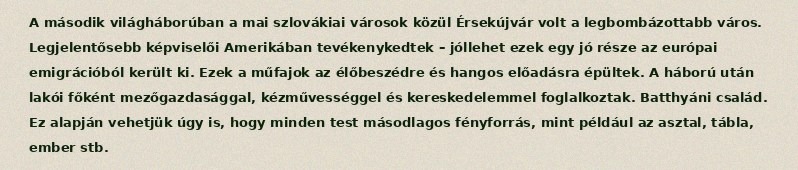
A második világháborúban a mai szlovákiai városok közül Érsekújvár volt a legbombázottabb város. Legjelentősebb képviselői Amerikában tevékenykedtek – jóllehet ezek egy jó része az európai emigrációból került ki. Ezek a műfajok az élőbeszédre és hangos előadásra épültek. A háború után lakói főként mezőgazdasággal, kézművességgel és kereskedelemmel foglalkoztak. Batthyáni család. Ez alapján vehetjük úgy is, hogy minden test másodlagos fényforrás, mint például az asztal, tábla, ember stb.